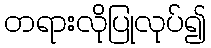
တရားလိုပြုလုပ်၍